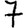
Digit: 7